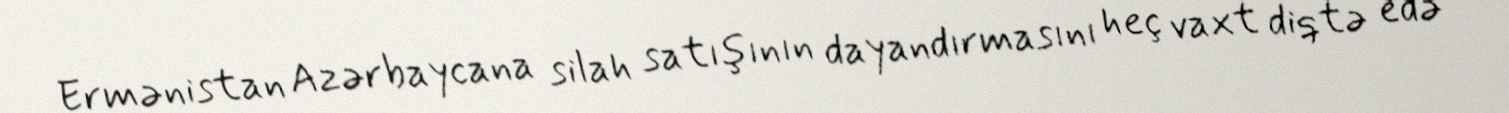
Ermənistan Azərbaycana silah satışının dayandırmasını heç vaxt diqtə edə